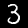
Digit: 3